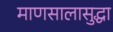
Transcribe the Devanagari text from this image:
माणसालासुद्धा